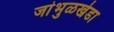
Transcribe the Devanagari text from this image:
जांभुळखेडा